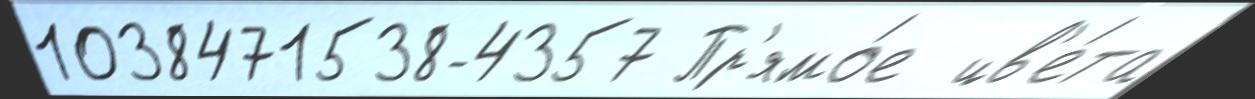
1038471538-4357 Пр'ямо́е  цв'е́та